Indian journal of veterinary science and animal husbandry - Volume 4,
Year: 1934
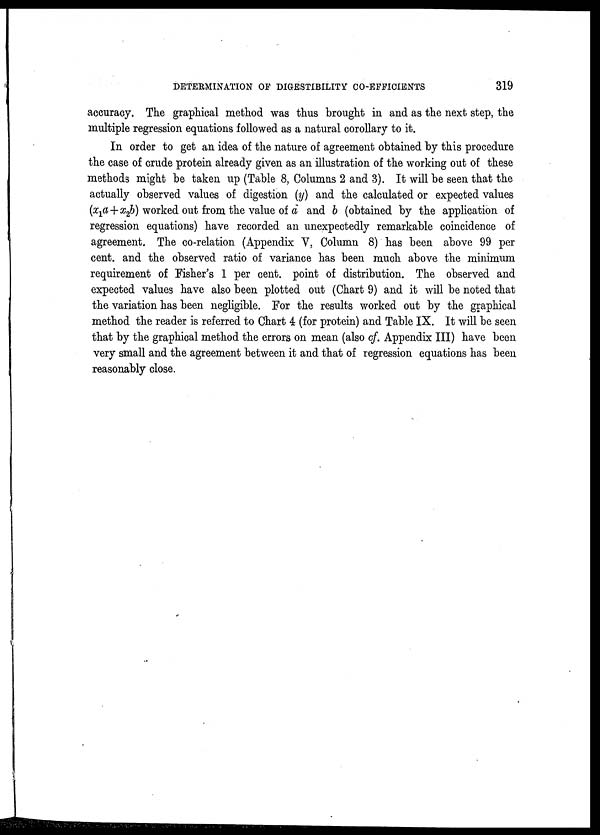
DETERMINATION OF DIGESTIBILITY CO-EFFICIENTS
319
accuracy. The graphical method was thus brought in and as the next step, the
multiple regression equations followed as a natural corollary to it.
In order to get an idea of the nature of agreement obtained by this procedure
the case of crude protein already given as an illustration of the working out of these
methods might be taken up (Table 8, Columns 2 and 3). It will be seen that the
actually observed values of digestion (y) and the calculated or expected values
(x 1 +x 2 b) worked out from the value of a and b (obtained by the application of
regression equations) have recorded an unexpectedly remarkable coincidence of
agreement. The co-relation (Appendix V, Column 8) has been above 99 per
cent. and the observed ratio of variance has been much above the minimum
requirement of Fisher's 1 per cent. point of distribution. The observed and
expected values have also been plotted out (Chart 9) and it will be noted that
the variation has been negligible. For the results worked out by the graphical
method the reader is referred to Chart 4 (for protein) and Table IX. It will be seen
that by the graphical method the errors on mean (also of. Appendix III) have been
very small and the agreement between it and that of regression equations has been
reasonably close.